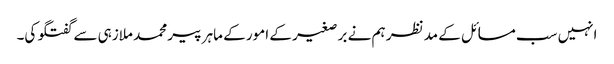
انہیں سب مسائل کے مد نظر ہم نے بر صغیر کے امور کے ماہر پیر محمد ملازہی سے گفتگو کی۔